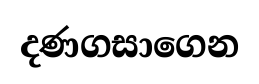
දණගසාගෙන